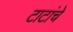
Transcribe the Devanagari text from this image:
टाटांचे